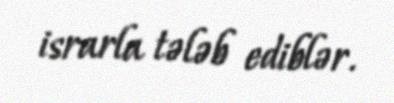
israrla tələb ediblər.